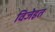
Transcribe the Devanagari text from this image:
विजेइत